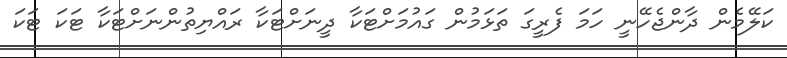
ކަލޭމެން ދާންޖެހޭނީ ހަމަ ފެރީގަ ތަޅަމުން ގައުމަށްޓަކާ ދީނަށްޓަކާ ރައްޔިތުންނަށްޓަކާ ޓަކަ ޓަކަ